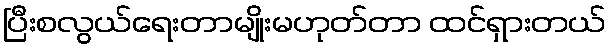
ပြီးစလွယ်ရေးတာမျိုးမဟုတ်တာ ထင်ရှားတယ်